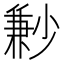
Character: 㝺